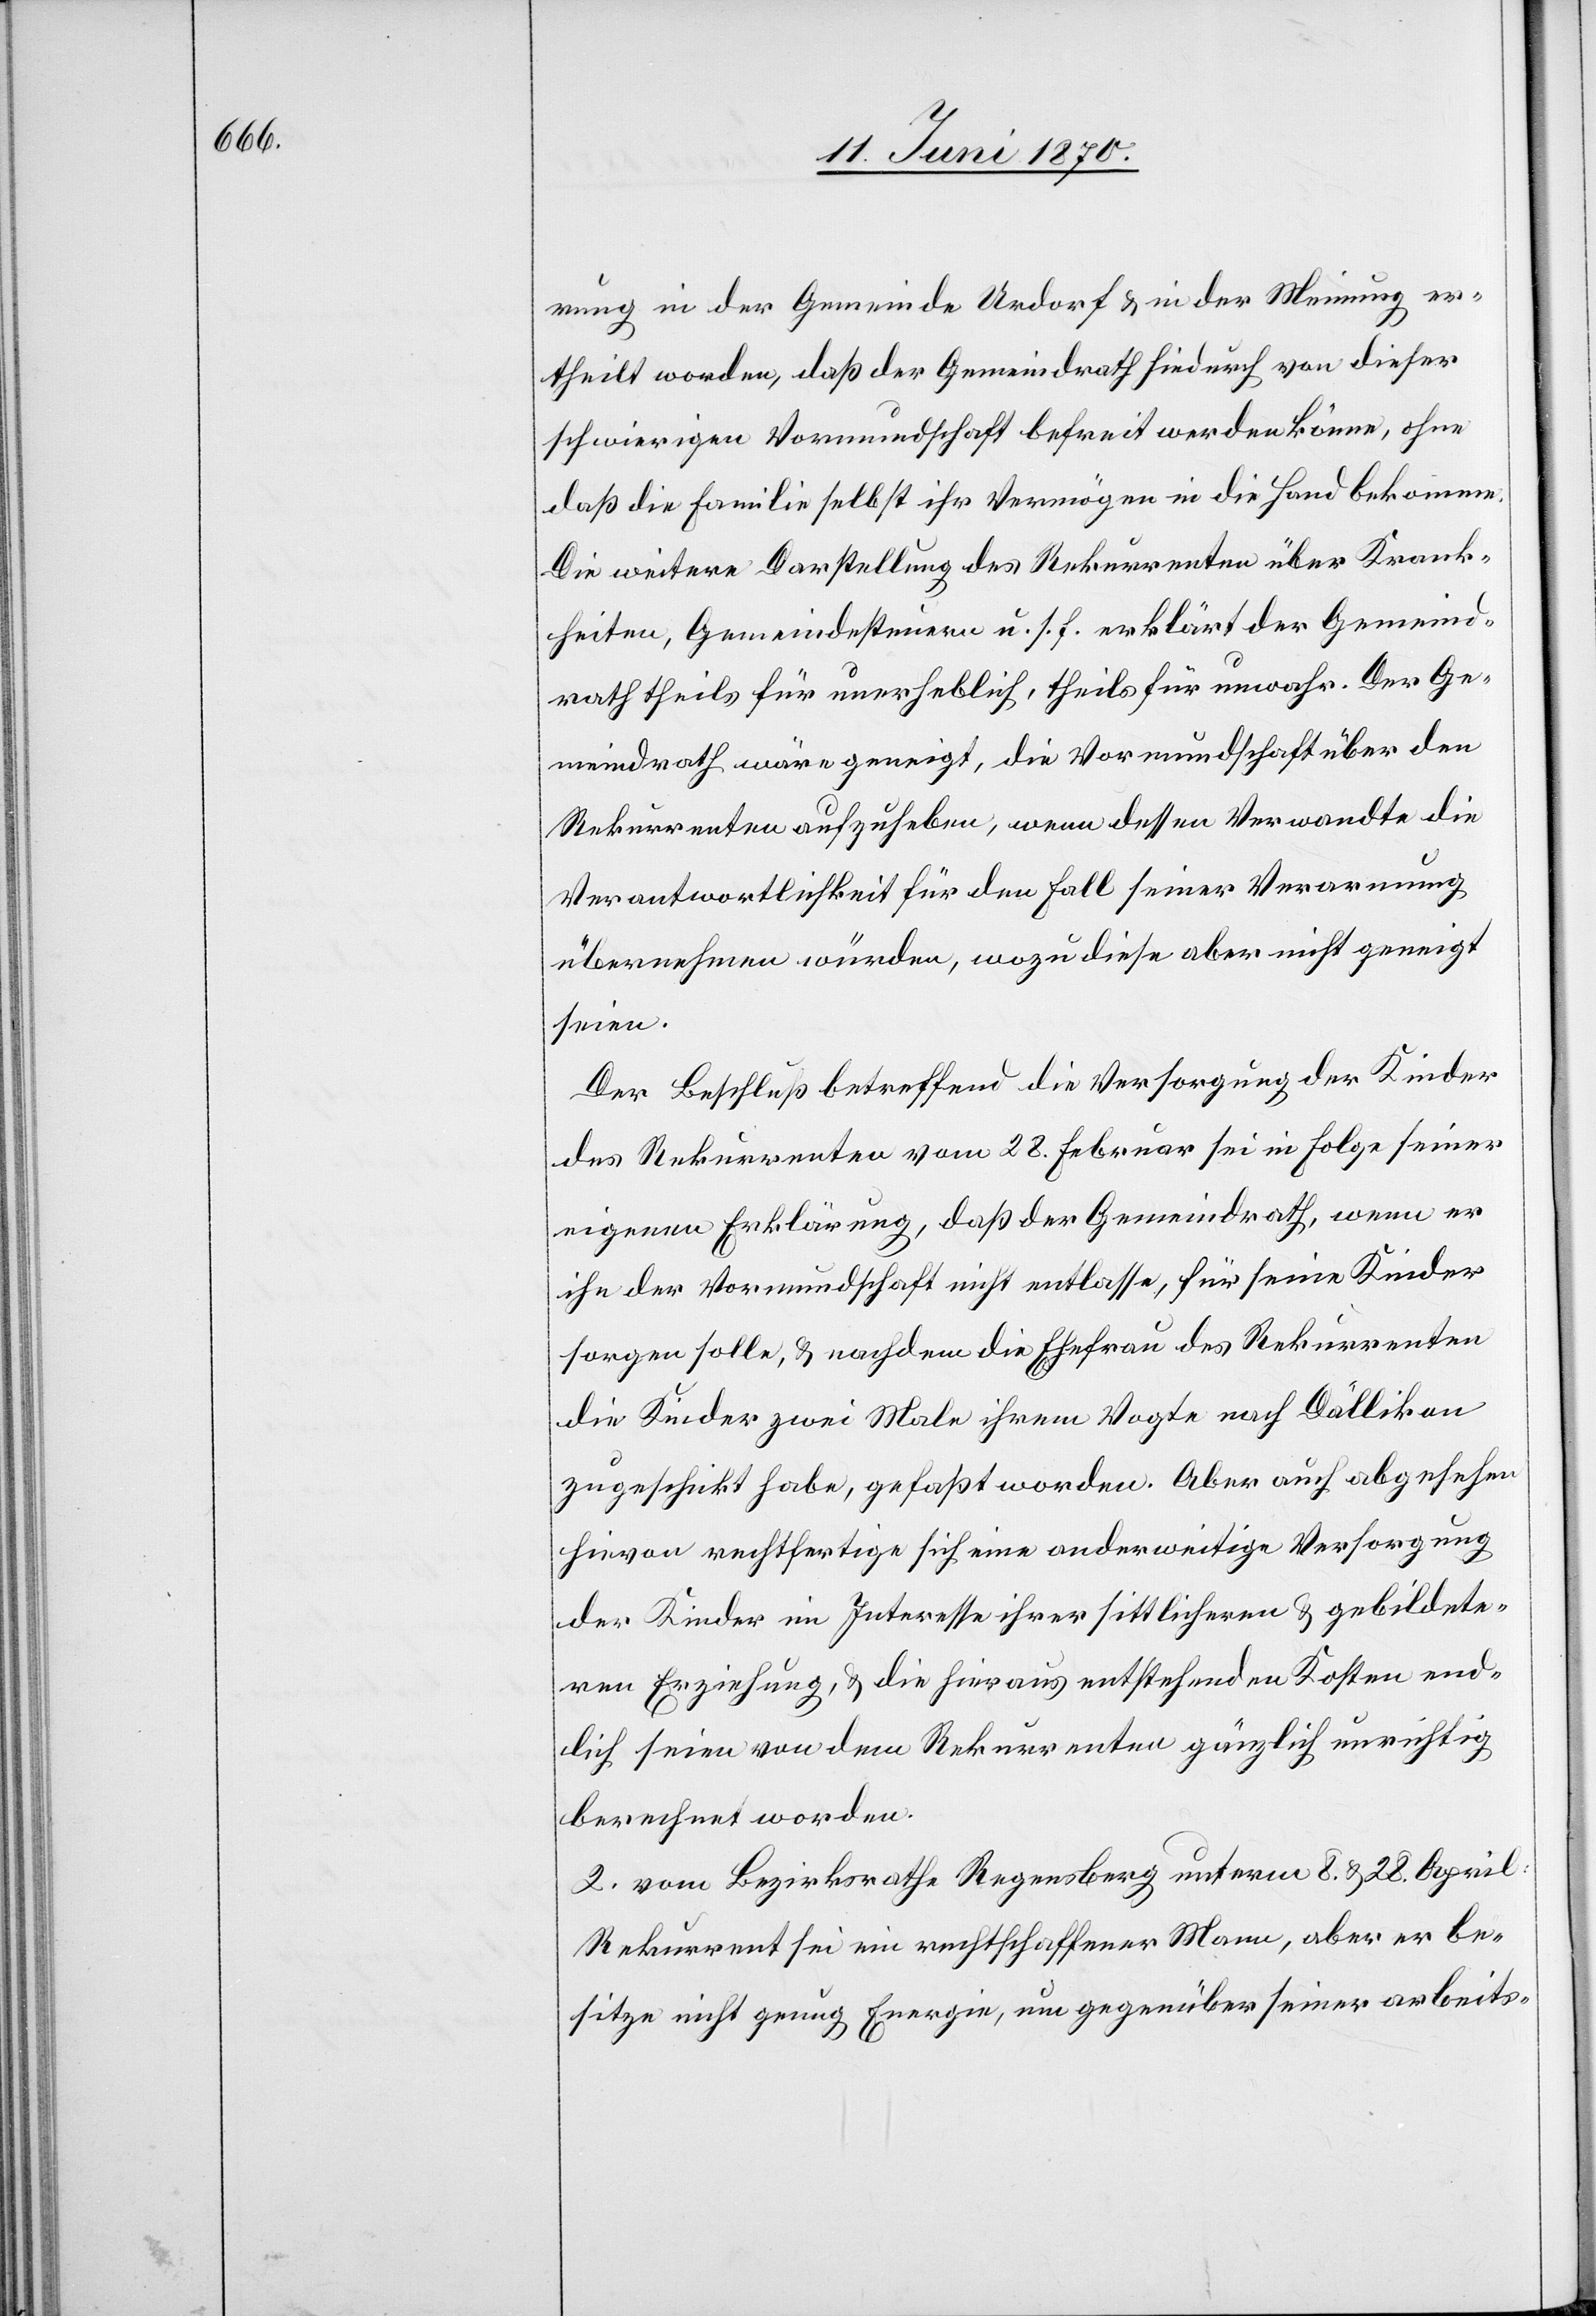
rung in der Gemeinde Urdorf & in der Meinung er¬
theilt worden, daß der Gemeindrath hiedurch von dieser
schwierigen Vormundschaft befreit werden könne, ohne
daß die Familie selbst ihr Vermögen in die Hand bekomme.
Die weitere Darstellung des Rekurrenten über Krank¬
heiten, Gemeindesteuern u. s. f. erklärt der Gemeind¬
rath theils für unerheblich, theils für unwahr. Der Ge¬
meindrath wäre geneigt, die Vormundschaft über den
Rekurrenten aufzuheben, wenn dessen Verwandte die
Verantwortlichkeit für den Fall seiner Verwarnung
übernehmen würden, wozu diese aber nicht geneigt
seien.
Der Beschluß betreffend die Versorgung der Kinder
des Rekurrenten vom 28. Februar sei in Folge seiner
eigenen Erklärung, daß der Gemeindrath, wenn er
ihn der Vormundschaft nicht entlasse, für seine Kinder
sorgen solle, & nachdem die Ehefrau des Rekurrenten
die Kinder zwei Male ihrem Vogte nach Dällikon
zugeschickt habe, gefaßt worden. Aber auch abgesehen
hievon rechtfertige sich eine anderweite Versorgung
der Kinder im Interesse ihrer sittlicheren & gebildete¬
ren Erziehung, & die hieraus entstehenden Kosten end¬
lich seien von dem Rekurrenten gänzlich unrichtig
berechnet worden.
2. Vom Bezirksrathe Regensberg unterm 8. & 28. April:
Rekurrent sei ein rechtschaffener Mann, aber er be¬
sitze nicht genug Energie, um gegenüber seiner arbeits-